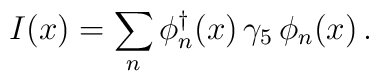
I(x)=\sum_n\phi^\dagger_n(x)\,\gamma_5\,\phi_n(x)\,.